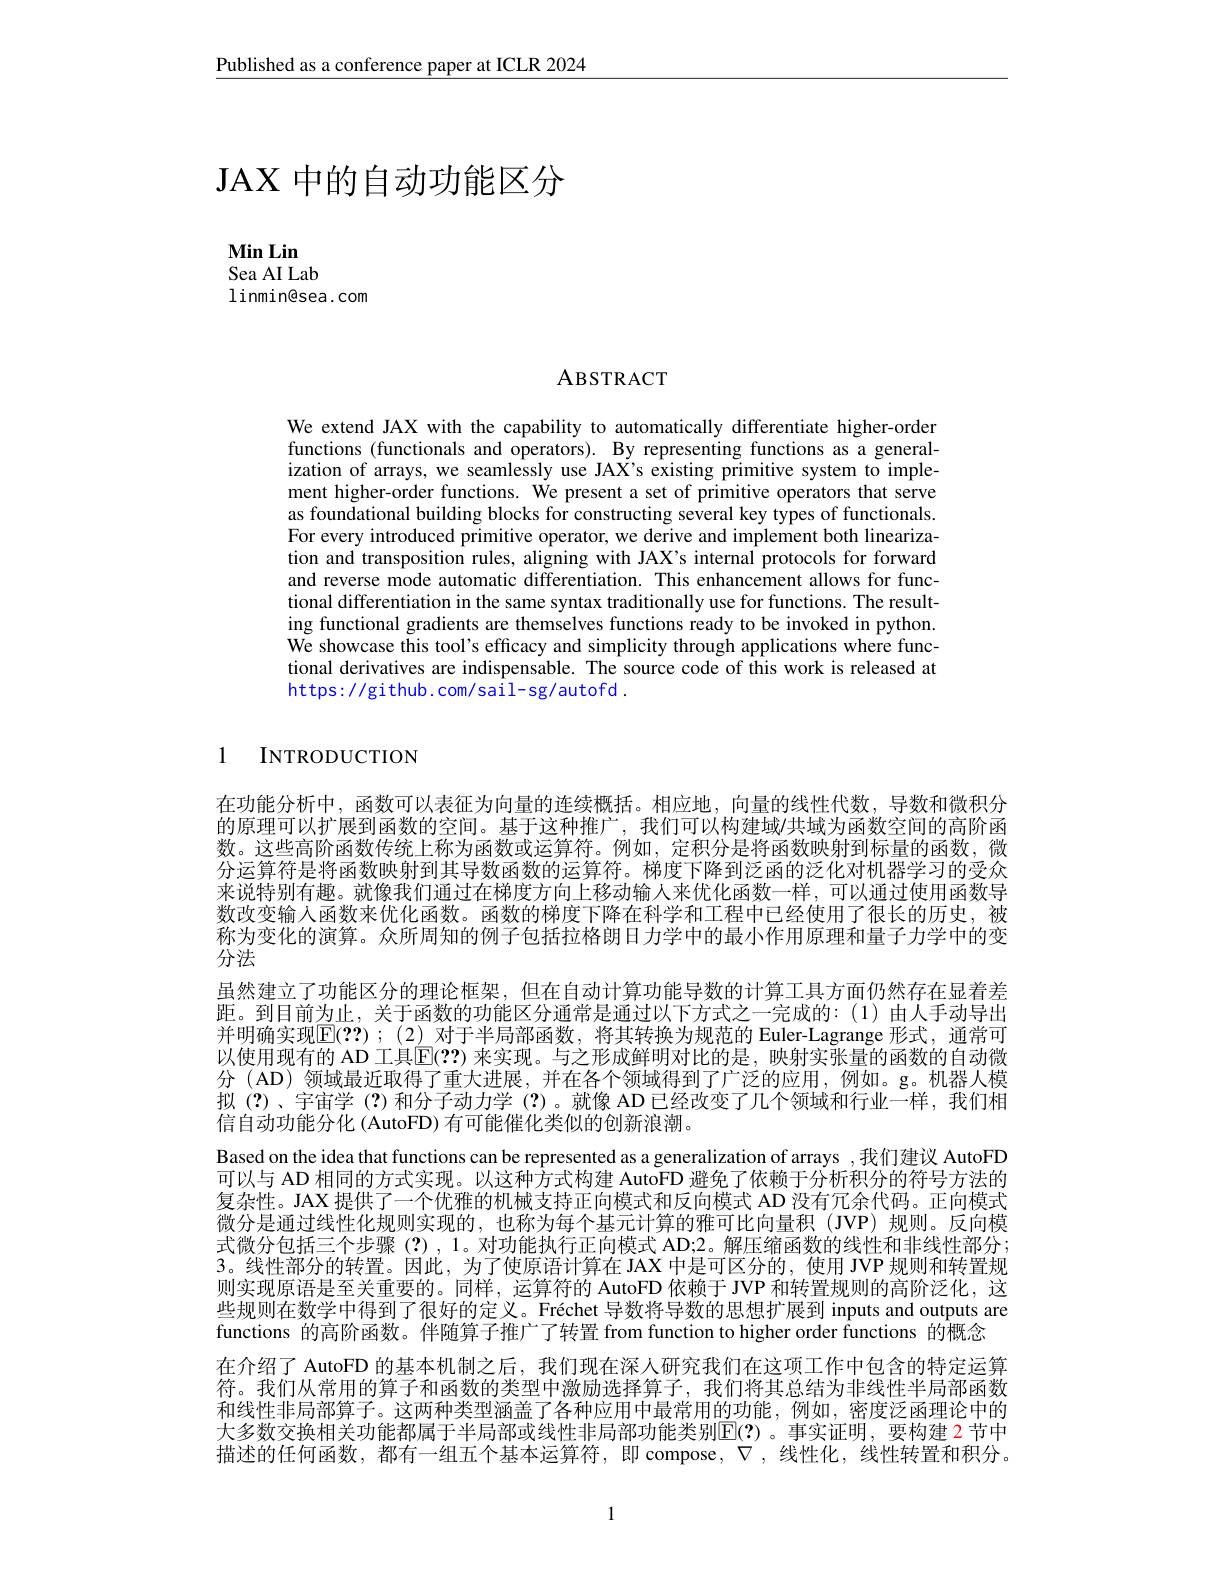
$\underline{\text{Published as a conference paper at ICLR 2024}}$

# JAX 中的自动功能区分

$\mathbf{Min}$ Lin
Sea AI Lab
linmin@sea.com

ABSTRACT

We extend JAX with the capability to automatically differentiate higher-order functions (functionals and operators). By representing functions as a generalization of arrays, we seamlessly use JAX's existing primitive system to implement higher-order functions. We present a set of primitive operators that serve as foundational building blocks for constructing several key types of functionals. For every introduced primitive operator, we derive and implement both linearization and transposition rules, aligning with JAX's internal protocols for forward and reverse mode automatic differentiation. This enhancement allows for functional differentiation in the same syntax traditionally use for functions. The resulting functional gradients are themselves functions ready to be invoked in python. We showcase this tool's effcacy and simplicity through applications where functional derivatives are indispensable. The source code of this work is released at https: / / gi thub. com/ sail- sg/ autofd .

1 INTRODUCTION

在功能分析中，函数可以表征为向量的连续概括。相应地，向量的线性代数，导数和微积分的原理可以扩展到函数的空间。基于这种推广，我们可以构建域/共域为函数空间的高阶函数。这些高阶函数传统上称为函数或运算符。例如，定积分是将函数映射到标量的函数，微分运算符是将函数映射到其导数函数的运算符。梯度下降到泛函的泛化对机器学习的受众来说特别有趣。就像我们通过在梯度方向上移动输入来优化函数一样，可以通过使用函数导数改变输人函数来优化函数。函数的梯度下降在科学和工程中已经使用了很长的历史，被称为变化的演算。众所周知的例子包括拉格朗日力学中的最小作用原理和量子力学中的变分法
虽然建立了功能区分的理论框架，但在自动计算功能导数的计算工具方面仍然存在显着差距。到目前为止，关于函数的功能区分通常是通过以下方式之一完成的：(1)由人手动导出并明确实现$\mathbb{E}(\mathbf{??});(2)$ 对于半局部函数，将其转换为规范的 Euler-Lagrange 形式，通常可以使用现有的 AD 工具$\overline{\mathbb{E}}(??)$ 来实现。与之形成鲜明对比的是，映射实张量的函数的自动微分(AD)领域最近取得了重大进展，并在各个领域得到了广泛的应用，例如。g。机器人模拟(?)、宇宙学 (?)和分子动力学 (?)。就像 AD 已经改变了几个领域和行业一样，我们相信自动功能分化 (AutoFD) 有可能催化类似的创新浪潮。
Based on the idea that functions can be represented as a generalization of arrays ,我们建议 AutoFD 可以与 AD 相同的方式实现。以这种方式构建 AutoFD 避免了依赖于分析积分的符号方法的复杂性。JAX 提供了一个优雅的机械支持正向模式和反向模式 AD 没有冗余代码。正向模式微分是通过线性化规则实现的，也称为每个基元计算的雅可比向量积(JVP)规则。反向模式微分包括三个步骤(?),1。对功能执行正向模式 AD;2。解压缩函数的线性和非线性部分； 3。线性部分的转置。因此，为了使原语计算在 JAX 中是可区分的，使用 JVP 规则和转置规则实现原语是至关重要的。同样，运算符的 AutoFD 依赖于 JVP 和转置规则的高阶泛化，这些规则在数学中得到了很好的定义。Fréchet 导数将导数的思想扩展到 inputs and outputs are functions 的高阶函数。伴随算子推广了转置 from function to higher order functions 的概念
在介绍了 AutoFD 的基本机制之后，我们现在深人研究我们在这项工作中包含的特定运算符。我们从常用的算子和函数的类型中激励选择算子，我们将其总结为非线性半局部函数和线性非局部算子。这两种类型涵盖了各种应用中最常用的功能，例如，密度泛函理论中的大多数交换相关功能都属于半局部或线性非局部功能类别$\mathbb{E}(?)$ 。事实证明，要构建 2 节中描述的任何函数，都有一组五个基本运算符，即 compose, $\nabla$,线性化，线性转置和积分。

1